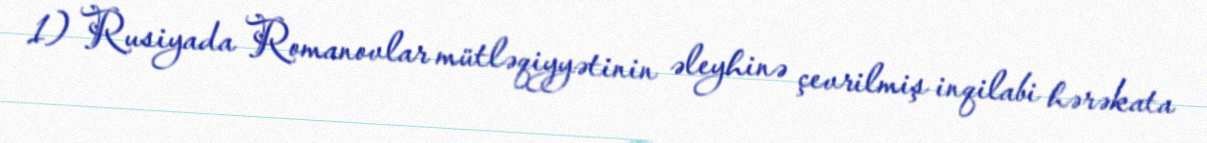
1) Rusiyada Romanovlar mütləqiyyətinin əleyhinə çevrilmiş inqilabi hərəkata